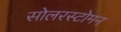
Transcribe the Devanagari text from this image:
सोलरस्टोमन